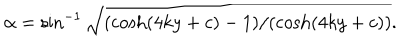
LaTeX: \alpha = \sin ^ { - 1 } \sqrt { ( \cosh ( 4 k y + c ) - 1 ) / ( \cosh ( 4 k y + c ) ) } .